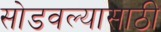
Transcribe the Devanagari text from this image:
सोडवल्यासाठी